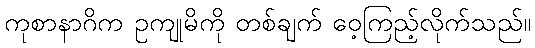
ကုစာနာဂိက ဥကျုမိကို တစ်ချက် ဝေ့ကြည့်လိုက်သည်။